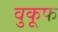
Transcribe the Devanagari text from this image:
वुकूफ